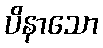
ပိနာသော